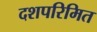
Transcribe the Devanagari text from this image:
दशपरिमित